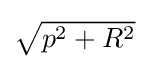
{\textstyle {\sqrt {p^{2}+R^{2}}}}